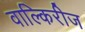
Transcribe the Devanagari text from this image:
वाल्किरीज